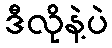
ဒီလိုနဲ့ပဲ